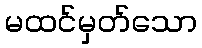
မထင်မှတ်သော